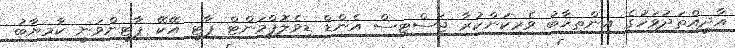
އާދީއްތަދުވަހުގެ އިންތިޚާބު ވެރިކަންކުރާ ޖަސްޓިސް އެންޑް ޑިވެލޮޕްމަންޓް ޕާޓީ އޭކޭ ޕާޓީންވަނީ ކާމިޔާބު